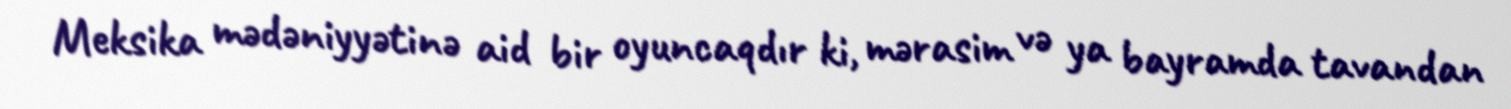
Meksika mədəniyyətinə aid bir oyuncaqdır ki, mərasim və ya bayramda tavandan